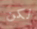
لكن